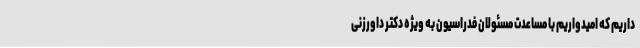
داریم که امیدواریم با مساعدت مسئولان فدراسیون به ویژه دکتر داورزنی